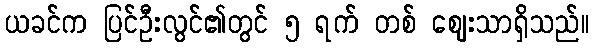
ယခင်က ပြင်ဦးလွင်၏တွင် ၅ ရက် တစ် ဈေးသာရှိသည်။